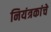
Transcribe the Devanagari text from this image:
नियंत्रकांचे